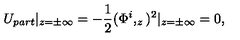
U _ { p a r t } \vert _ { z = \pm \infty } = - \frac 1 2 ( \Phi ^ { i } , _ { z } ) ^ { 2 } \vert _ { z = \pm \infty } = 0 ,